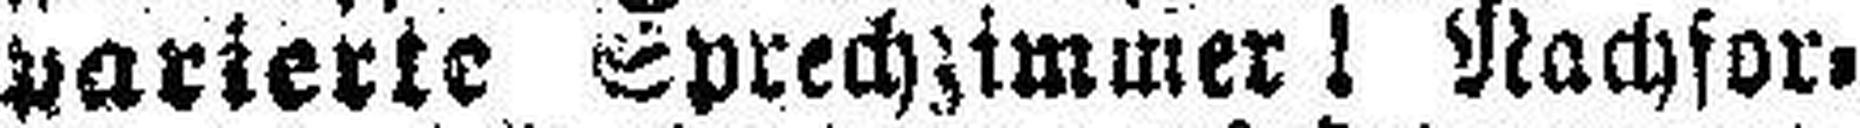
parierte Sprechzimmer! Nachfor¬